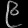
Digit: ၉